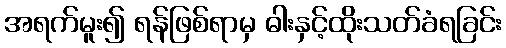
အရက်မူး၍ ရန်ဖြစ်ရာမှ ဓါးနှင့်ထိုးသတ်ခံရခြင်း